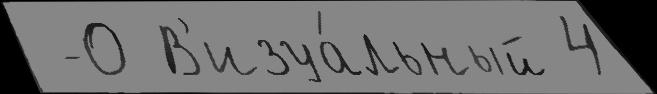
 -0 В'изуа́льный 4